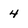
Character: 4